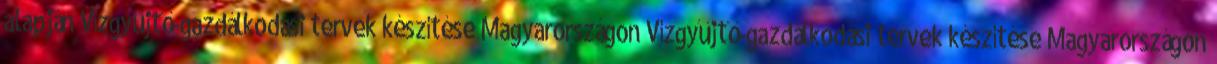
alapján Vízgyűjtő-gazdálkodási tervek készítése Magyarországon Vízgyűjtő-gazdálkodási tervek készítése Magyarországon